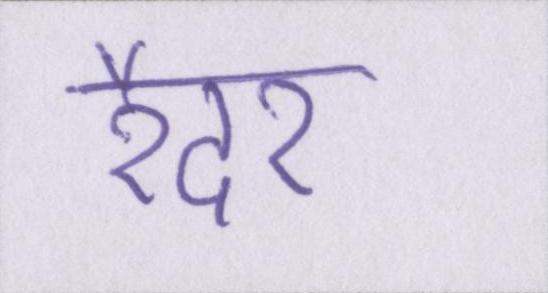
रैदर